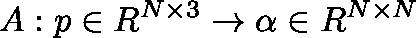
A : p \in \mathbb { R } ^ { N \times 3 } \to \mathbf { \alpha } \in \mathbb { R } ^ { N \times N }